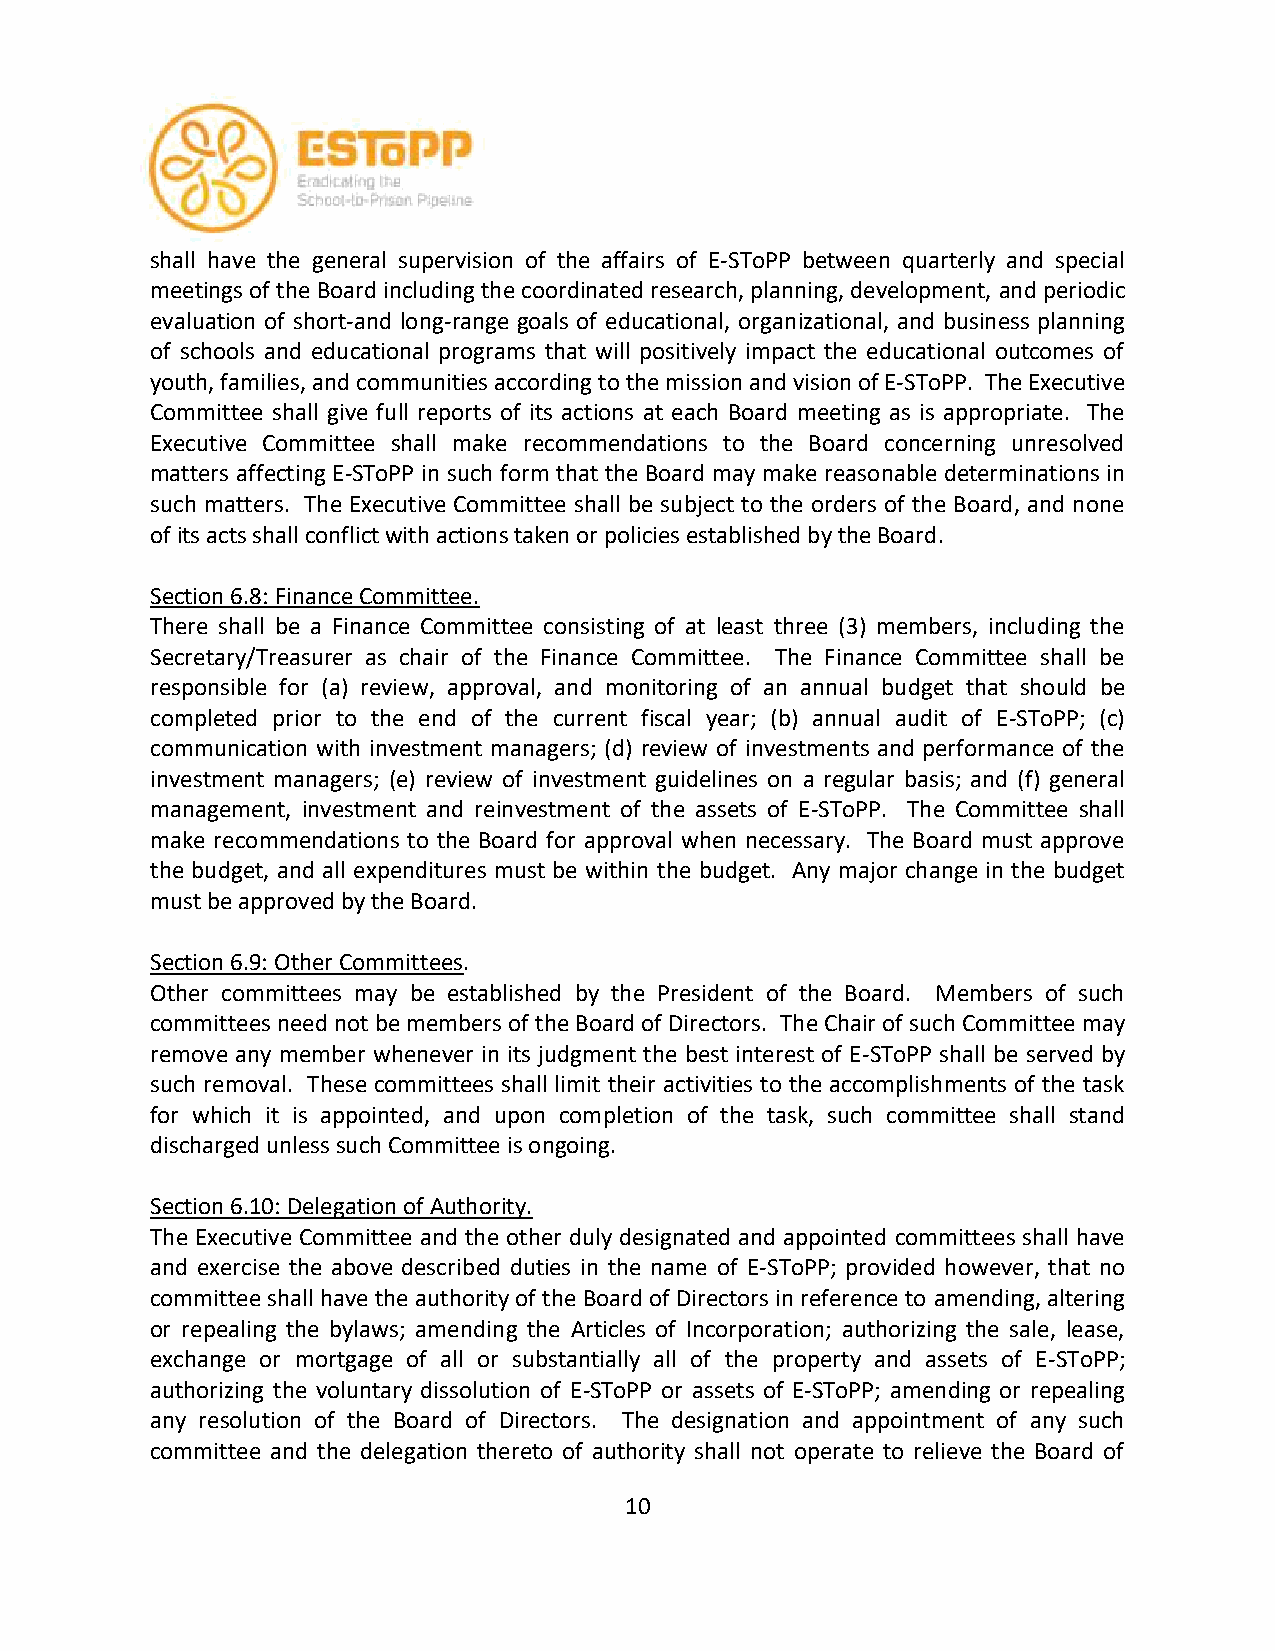
shall have the general supervision of the affairs of E-SToPP between quarterly and special
 meetings of the Board including the coordinated research, planning, development, and periodic
 evaluation of short-and long-range goals of educational, organizational, and business planning
 of schools and educational programs that will positively impact the educational outcomes of
 youth, families, and communities according to the mission and vision of E-SToPP. The Executive
 Committee shall give full reports of its actions at each Board meeting as is appropriate. The
 Executive Committee shall make recommendations to the Board concerning unresolved
 matters affecting E-SToPP in such form that the Board may make reasonable determinations in
 such matters. The Executive Committee shall be subject to the orders of the Board, and none
 of its acts shall conflict with actions taken or policies established by the Board.
 Section 6.8: Finance Committee.
 There shall be a Finance Committee consisting of at least three (3) members, including the
 Secretary/Treasurer as chair of the Finance Committee. The Finance Committee shall be
 responsible for (a) review, approval, and monitoring of an annual budget that should be
 completed prior to the end of the current fiscal year; (b) annual audit of E-SToPP; (c)
 communication with investment managers; (d) review of investments and performance of the
 investment managers; (e) review of investment guidelines on a regular basis; and (f) general
 management, investment and reinvestment of the assets of E-SToPP. The Committee shall
 make recommendations to the Board for approval when necessary. The Board must approve
 the budget, and all expenditures must be within the budget. Any major change in the budget
 must be approved by the Board.
 Section 6.9: Other Committees.
 Other committees may be established by the President of the Board. Members of such
 committees need not be members of the Board of Directors. The Chair of such Committee may
 remove any member whenever in its judgment the best interest of E-SToPP shall be served by
 such removal. These committees shall limit their activities to the accomplishments of the task
 for which it is appointed, and upon completion of the task, such committee shall stand
 discharged unless such Committee is ongoing.
 Section 6.10: Delegation of Authority.
 The Executive Committee and the other duly designated and appointed committees shall have
 and exercise the above described duties in the name of E-SToPP; provided however, that no
 committee shall have the authority of the Board of Directors in reference to amending, altering
 or repealing the bylaws; amending the Articles of Incorporation; authorizing the sale, lease,
 exchange or mortgage of all or substantially all of the property and assets of E-SToPP;
 authorizing the voluntary dissolution of E-SToPP or assets of E-SToPP; amending or repealing
 any resolution of the Board of Directors. The designation and appointment of any such
 committee and the delegation thereto of authority shall not operate to relieve the Board of
 10